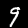
Label: 9